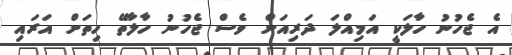
އެ ޖެހުނު ހާލަކީ އަމިއްލަ ދަރިއަށް ވެސް ޖެހުނު ހާލާތޭ ހިތަށް އަރައި